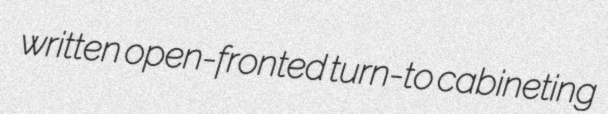
written open-fronted turn-to cabineting